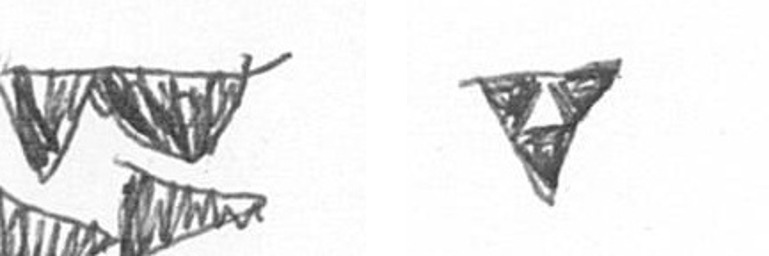
B S